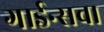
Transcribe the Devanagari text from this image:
गार्डन्सचा